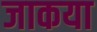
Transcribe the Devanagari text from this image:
जाकया